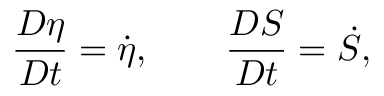
\frac { D \eta } { D t } = \dot { \eta } , \qquad \frac { D S } { D t } = \dot { S } ,